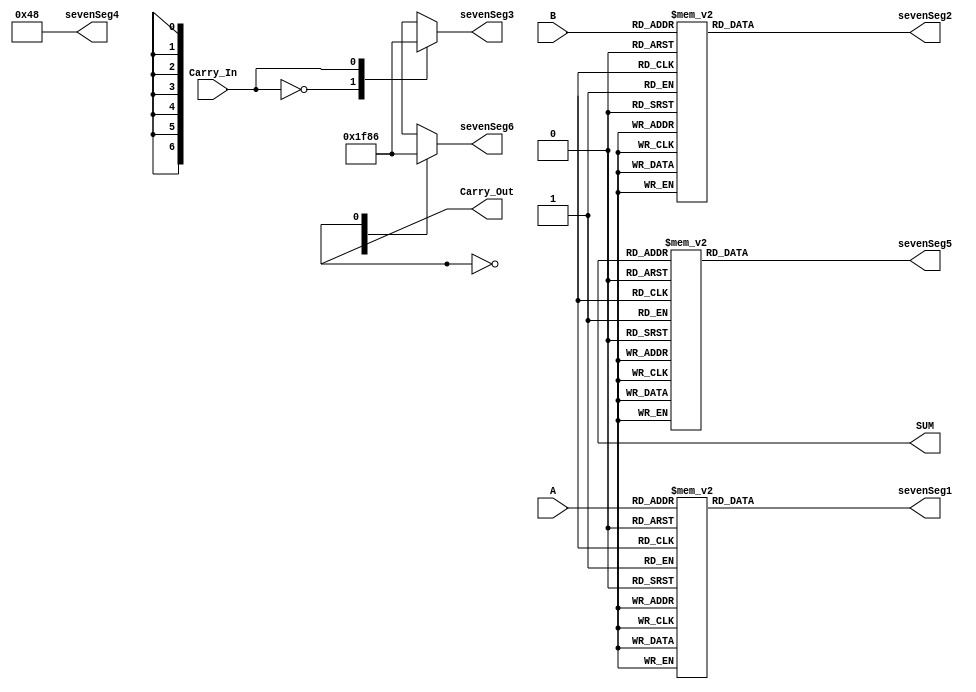
module FullAdder_7Seg (

       input  [3:0] A,
		 input  [3:0] B,
		 input        Carry_In,
		 output [3:0] SUM,
       output       Carry_Out,
		 output reg [6:0] sevenSeg1,
		 output reg [6:0] sevenSeg2,
		 output reg [6:0] sevenSeg3,
		 output reg [6:0] sevenSeg4,
		 output reg [6:0] sevenSeg5,
		 output reg [6:0] sevenSeg6
		 
		 );

always @ * begin

 case (A)
 4'h0: sevenSeg1 = 7'b0111111;
 4'h1: sevenSeg1 = 7'b0000110;
 4'h2: sevenSeg1 = 7'b1011011;
 4'h3: sevenSeg1 = 7'b1001111;
 4'h4: sevenSeg1 = 7'b1100110;
 4'h5: sevenSeg1 = 7'b1101101;
 4'h6: sevenSeg1 = 7'b1111101;
 4'h7: sevenSeg1 = 7'b0000111;
 4'h8: sevenSeg1 = 7'b1111111;
 4'h9: sevenSeg1 = 7'b1101111;
 4'hA: sevenSeg1 = 7'b1110111;
 4'hB: sevenSeg1 = 7'b1111100;
 4'hC: sevenSeg1 = 7'b0111001;
 4'hD: sevenSeg1 = 7'b1011110;
 4'hE: sevenSeg1 = 7'b1111001;
 4'hF: sevenSeg1 = 7'b1110001;
 default: sevenSeg1 = 7'b0000000;
 endcase
 
case (B)
 4'h0: sevenSeg2 = 7'b0111111;
 4'h1: sevenSeg2 = 7'b0000110;
 4'h2: sevenSeg2 = 7'b1011011;
 4'h3: sevenSeg2 = 7'b1001111;
 4'h4: sevenSeg2 = 7'b1100110;
 4'h5: sevenSeg2 = 7'b1101101;
 4'h6: sevenSeg2 = 7'b1111101;
 4'h7: sevenSeg2 = 7'b0000111;
 4'h8: sevenSeg2 = 7'b1111111;
 4'h9: sevenSeg2 = 7'b1101111;
 4'hA: sevenSeg2 = 7'b1110111;
 4'hB: sevenSeg2 = 7'b1111100;
 4'hC: sevenSeg2 = 7'b0111001;
 4'hD: sevenSeg2 = 7'b1011110;
 4'hE: sevenSeg2 = 7'b1111001;
 4'hF: sevenSeg2 = 7'b1110001;
 default: sevenSeg2 = 7'b0000000;
 endcase
 
case (Carry_In)
 4'h0: sevenSeg3 = 7'b0111111;
 4'h1: sevenSeg3 = 7'b0000110;
 4'h2: sevenSeg3 = 7'b1011011;
 4'h3: sevenSeg3 = 7'b1001111;
 4'h4: sevenSeg3 = 7'b1100110;
 4'h5: sevenSeg3 = 7'b1101101;
 4'h6: sevenSeg3 = 7'b1111101;
 4'h7: sevenSeg3 = 7'b0000111;
 4'h8: sevenSeg3 = 7'b1111111;
 4'h9: sevenSeg3 = 7'b1101111;
 4'hA: sevenSeg3 = 7'b1110111;
 4'hB: sevenSeg3 = 7'b1111100;
 4'hC: sevenSeg3 = 7'b0111001;
 4'hD: sevenSeg3 = 7'b1011110;
 4'hE: sevenSeg3 = 7'b1111001;
 4'hF: sevenSeg3 = 7'b1110001;
 default: sevenSeg3 = 7'b0000000;
 endcase
 sevenSeg4 = 7'b1001000;
 
case (SUM)
 4'h0: sevenSeg5 = 7'b0111111;
 4'h1: sevenSeg5 = 7'b0000110;
 4'h2: sevenSeg5 = 7'b1011011;
 4'h3: sevenSeg5 = 7'b1001111;
 4'h4: sevenSeg5 = 7'b1100110;
 4'h5: sevenSeg5 = 7'b1101101;
 4'h6: sevenSeg5 = 7'b1111101;
 4'h7: sevenSeg5 = 7'b0000111;
 4'h8: sevenSeg5 = 7'b1111111;
 4'h9: sevenSeg5 = 7'b1101111;
 4'hA: sevenSeg5 = 7'b1110111;
 4'hB: sevenSeg5 = 7'b1111100;
 4'hC: sevenSeg5 = 7'b0111001;
 4'hD: sevenSeg5 = 7'b1011110;
 4'hE: sevenSeg5 = 7'b1111001;
 4'hF: sevenSeg5 = 7'b1110001;
 default: sevenSeg5 = 7'b0000000;
 endcase
 
case (Carry_Out)
 4'h0: sevenSeg6 = 7'b0111111;
 4'h1: sevenSeg6 = 7'b0000110;
 4'h2: sevenSeg6 = 7'b1011011;
 4'h3: sevenSeg6 = 7'b1001111;
 4'h4: sevenSeg6 = 7'b1100110;
 4'h5: sevenSeg6 = 7'b1101101;
 4'h6: sevenSeg6 = 7'b1111101;
 4'h7: sevenSeg6 = 7'b0000111;
 4'h8: sevenSeg6 = 7'b1111111;
 4'h9: sevenSeg6 = 7'b1101111;
 4'hA: sevenSeg6 = 7'b1110111;
 4'hB: sevenSeg6 = 7'b1111100;
 4'hC: sevenSeg6 = 7'b0111001;
 4'hD: sevenSeg6 = 7'b1011110;
 4'hE: sevenSeg6 = 7'b1111001;
 4'hF: sevenSeg6 = 7'b1110001;
 default: sevenSeg6 = 7'b0000000;
 endcase
 end
 endmodule